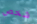
شخص